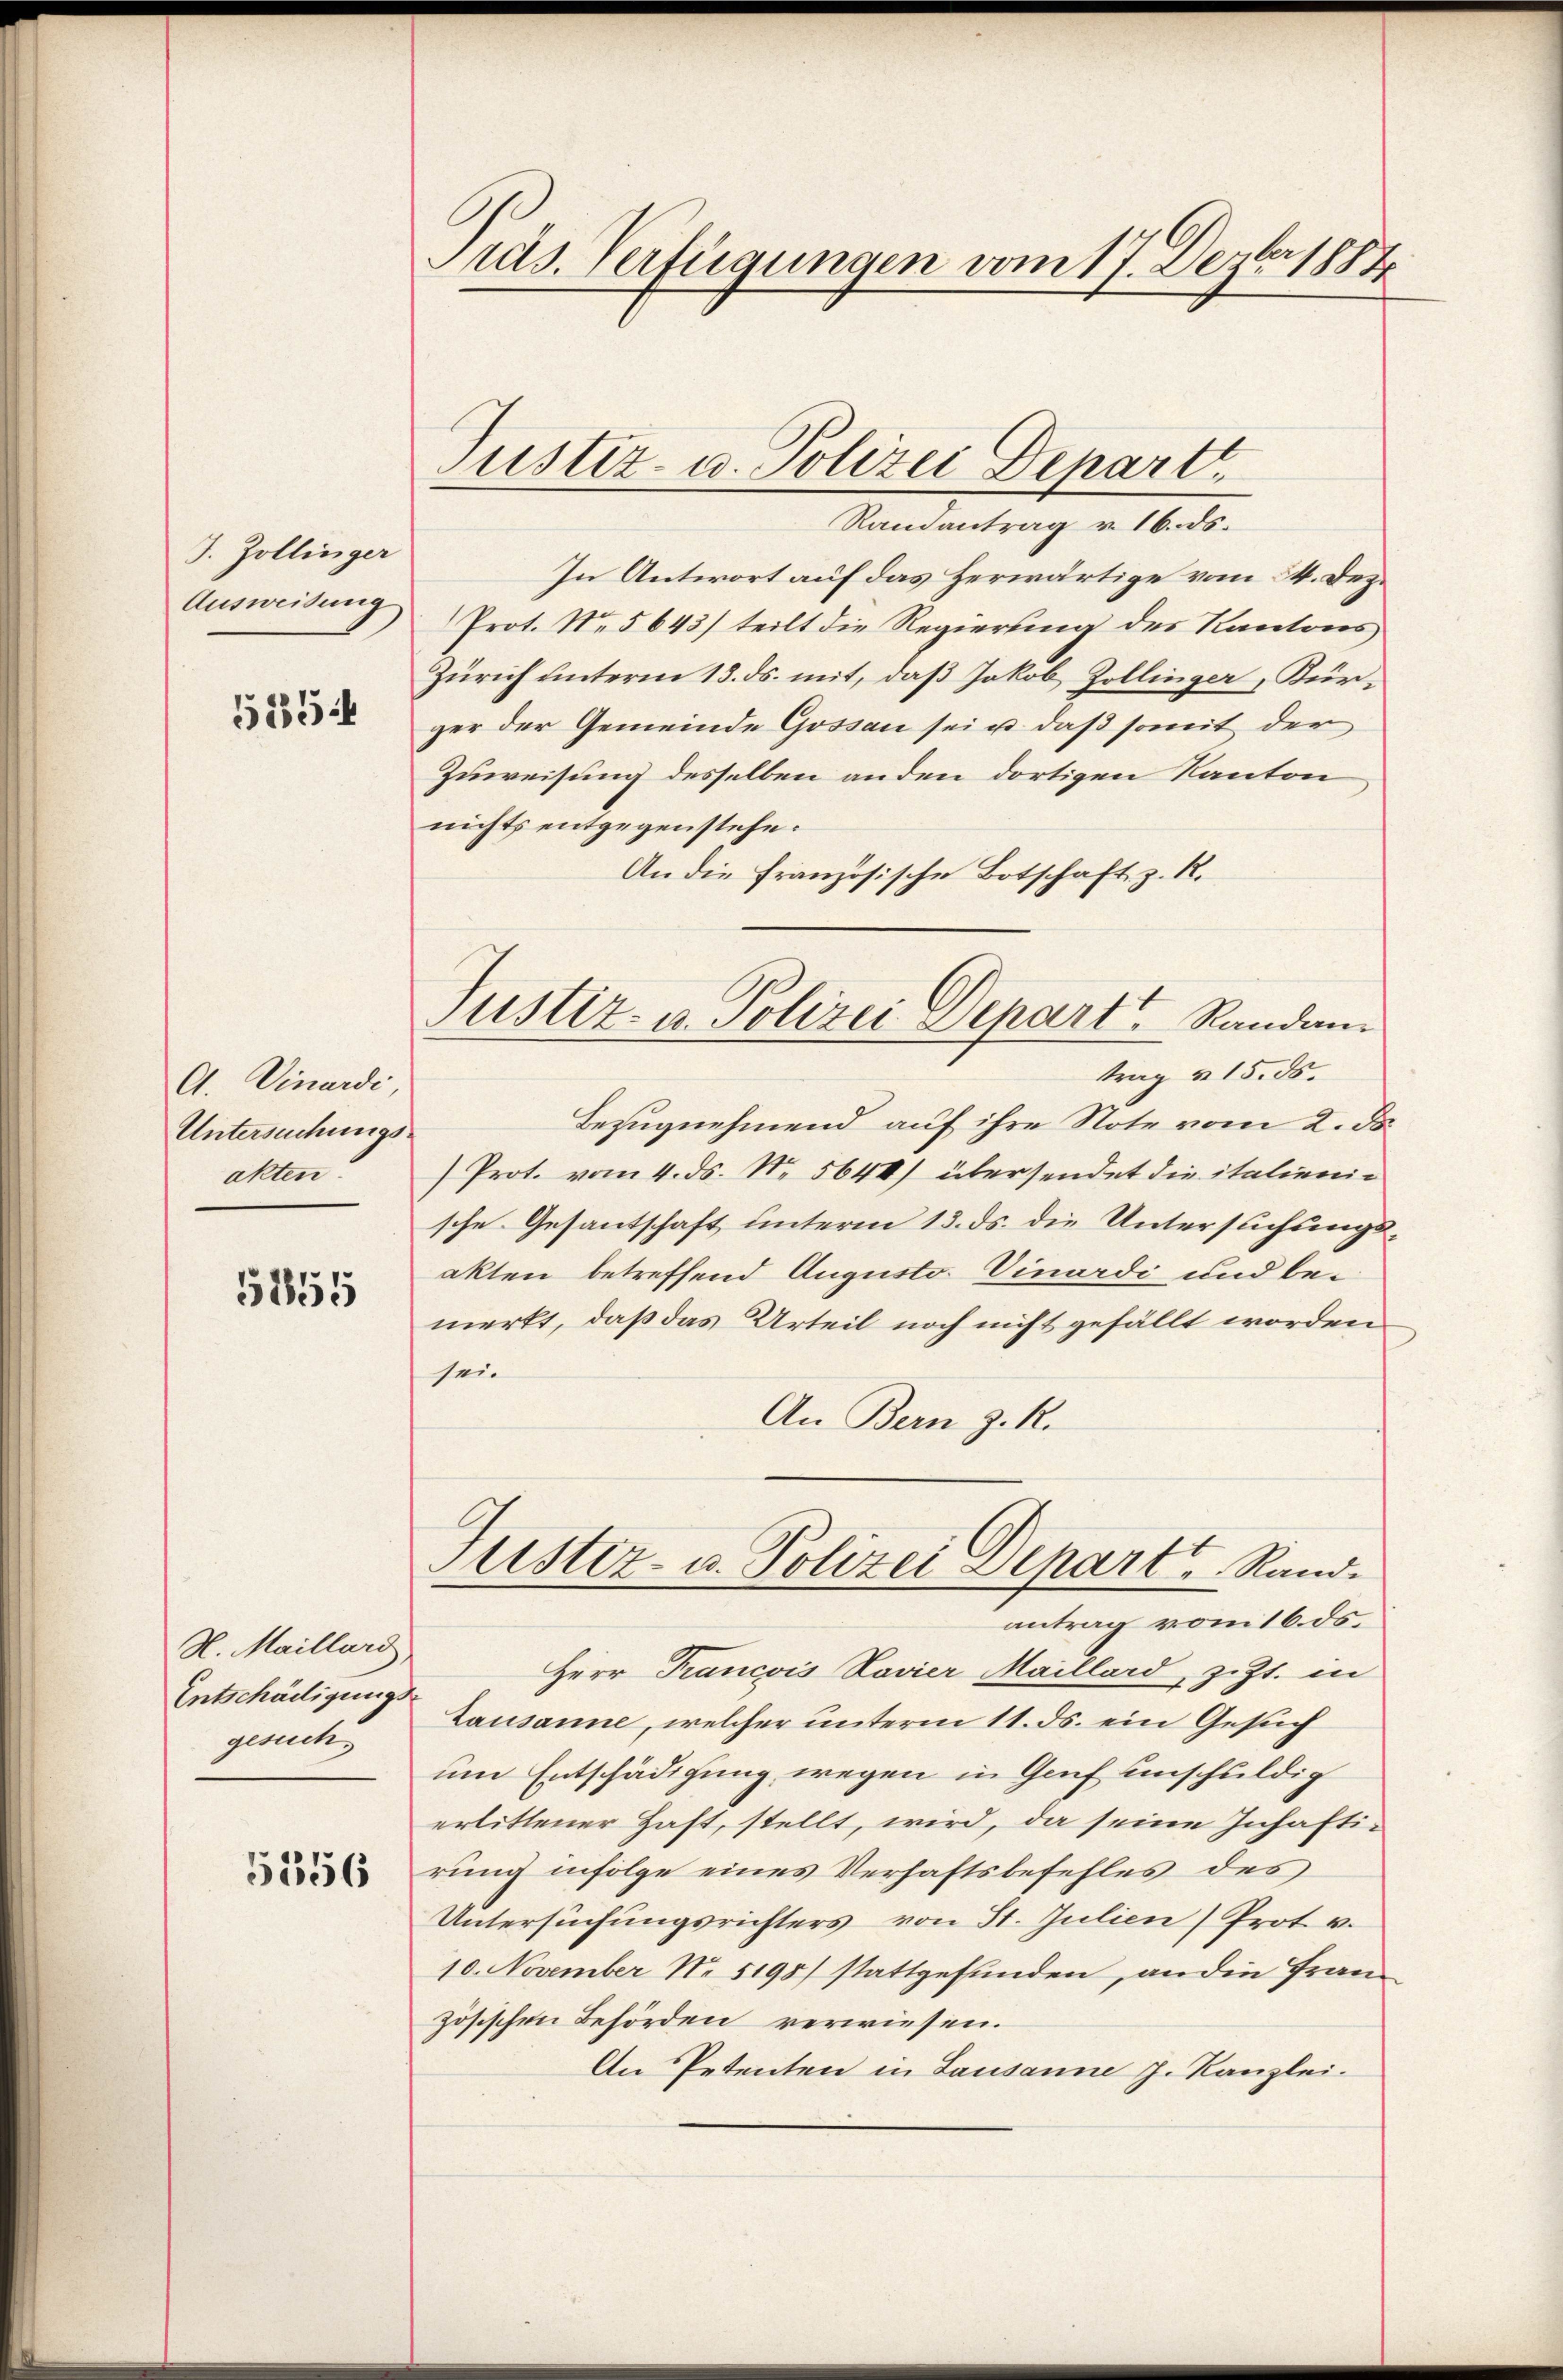
J. Zollinger
Ausweisung

5354

C. Vinardi
Untersuchungsakten.

5255

H. Maillard,
Entschädigungs
gesuch,

5356

Präs. Verfügungen vom 17. Dezbr 1884

Ramantrag v. 16. ds.
In Antwort auf das herwärtige vom 24. Dez.
Prot. No. 5643) teilt die Regierung des Kantons
Zürich unterm 13. ds. mit, daß Jakob Zollinger, Kür-
ger der Gemeinde Gossau sei u. daß somit der
Zuweisung desselben anden dortigen Kanton
nichts entgegenstehe.
An die französische Botschaft z. R.
trag u. 15. ds.
Bezugnehmend auf ihre Note vom 2. ds.
Prot. vom 4. ds. N. 5644) übersendet die italienische Gesantschaft unterm 13. ds. die Untersuchungs-
akten betreffend Augusto. Vinardi und bemerkt, daß das Urteil noch nicht gefällt worden
sei.
An Bern z. R.
Justiz- u. Polizei Depart Rand.
antrag vom 16. ds.
Herr Francois Lavier Maillard, z. Zt. in
Lausanne, welcher unterm 11. ds. ein Gesuch
um Entschädigung wegen in Genf unschuldig
erlittener Haft, stellt, wird, da seine Inhaftirung infolge eines Verhaftsbefehles des
Untersŭchŭngsrichters von St. Julien (Prot. v.
10. November No. 5198) stattgefunden, an die Frau
zösischen Behörden verwiesen.
An Petenten in Lausanne J. Kanzlei.

Justiz- u. Polizei Departt

Justiz- u. Polizei Depart Randen